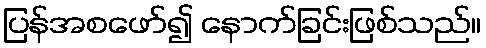
ပြန်အစဖော်၍ နောက်ခြင်းဖြစ်သည်။